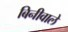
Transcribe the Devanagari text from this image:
बिनीवाले